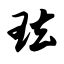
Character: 珐